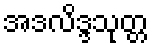
အဒလိဒ္ဒသုတ္တ